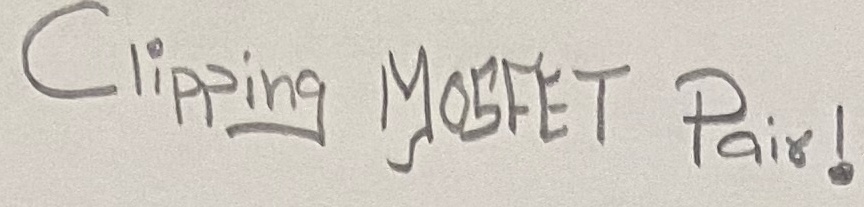
Text: Clipping MOSFET Pair!